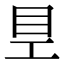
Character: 𥃿